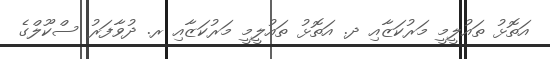
އަތޮޅު ތައުލީމީ މަރުކަޒާއި ދ. އަތޮޅު ތައުލީމީ މަރުކަޒާއި ރ. ދުވާފަރު ސްކޫލްގެ